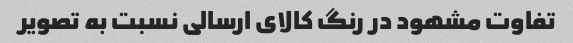
تفاوت مشهود در رنگ کالای ارسالی نسبت به تصویر